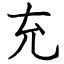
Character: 充